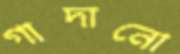
গাদানো